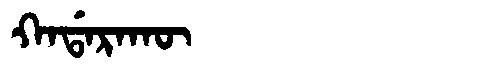
Manchu: ᡴᠠᡩᠠᡵᠠᡴᡡ
Romanization: KADARAKŪ